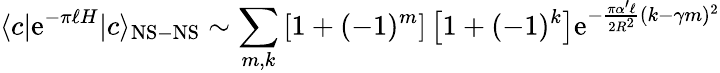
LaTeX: \langle c|\mathrm{e}^{-\pi\ell H}|c\rangle_{\mathrm{NS-NS}}\sim\sum_{m,k}\left[1+(-1)^{m}\right]\left[1+(-1)^{k}\right]\mathrm{e}^{-{\frac{\pi\alpha^{\prime}\ell}{2R^{2}}}(k-\gamma m)^{2}}